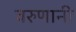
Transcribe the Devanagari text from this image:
वरुणानी